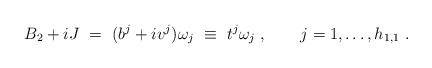
LaTeX: \begin{align*}B_2 +i J\ =\ (b^j + i v^j) \omega_j\ \equiv\ t^j \omega_j \ , \qquad j=1, \ldots, h_{1,1}\ .\end{align*}